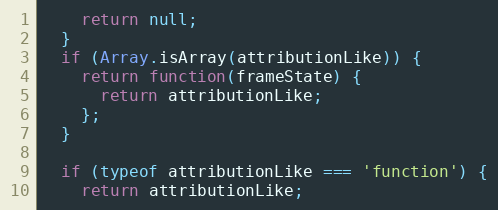
Language: JavaScript
    return null;
  }
  if (Array.isArray(attributionLike)) {
    return function(frameState) {
      return attributionLike;
    };
  }

  if (typeof attributionLike === 'function') {
    return attributionLike;